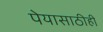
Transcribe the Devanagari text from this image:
पेयासाठीही